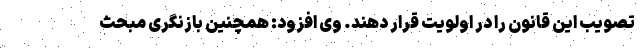
تصویب این قانون را در اولویت قرار دهند. وی افزود: همچنین بازنگری مبحث